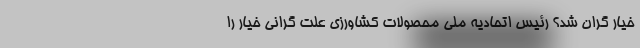
خیار گران شد؟ رئیس اتحادیه ملی محصولات کشاورزی علت گرانی خیار را